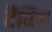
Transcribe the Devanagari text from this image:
टैंनिग